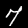
Label: 7